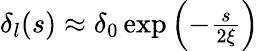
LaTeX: \begin{array}{r}{\delta_{l}(s)\approx\delta_{0}\exp\left(-\frac{s}{2\xi}\right)}\end{array}